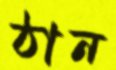
ঠান